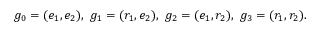
g _ { 0 } = ( e _ { 1 } , e _ { 2 } ) , \ g _ { 1 } = ( r _ { 1 } , e _ { 2 } ) , \ g _ { 2 } = ( e _ { 1 } , r _ { 2 } ) , \ g _ { 3 } = ( r _ { 1 } , r _ { 2 } ) .